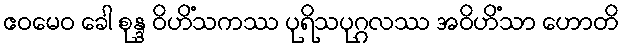
ဧဝမေဝ ခေါ စုန္ဒ ဝိဟိံသကဿ ပုရိသပုဂ္ဂလဿ အဝိဟိံသာ ဟောတိ